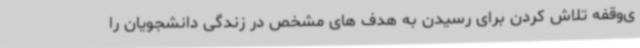
ی‌وقفه تلاش کردن برای رسیدن به هدف های مشخص در زندگی دانشجویان را